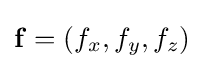
\mathbf {f} =(f_{x},f_{y},f_{z})